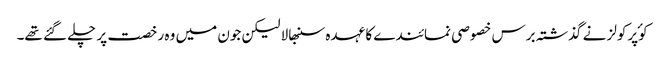
کوٴپرکولز نے گذشتہ برس خصوصی نمائندے کا عہدہ سنبھالا لیکن جون میں وہ رخصت پر چلے گئے تھے۔